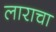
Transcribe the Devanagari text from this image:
लाराचा